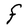
Character: F